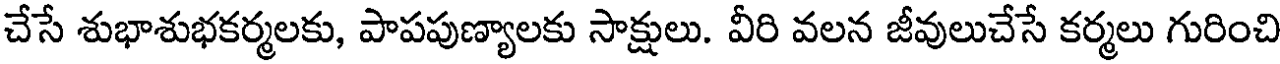
చేసే శుభాశుభకర్మలకు, పాపపుణ్యాలకు సాక్షులు. వీరి వలన జీవులుచేసే కర్మలు గురించి